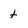
Character: t